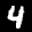
Label: 4